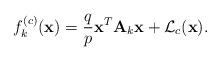
LaTeX: \begin{align*}f_{k}^{(c)}(\mathbf{x})=\frac{q}{p} \mathbf{x}^{T}\mathbf{A}_{k}\mathbf{x} +\mathcal{L}_{c}(\mathbf{x}).\end{align*}